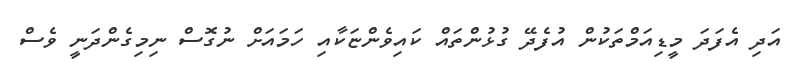
އަދި އެފަދަ މީޑިއަމްތަކުން އުފެދޭ ގުޅުންތައް ކައިވެންޏަކާއި ހަމައަށް ނުގޮސް ނިމިގެންދަނީ ވެސް